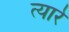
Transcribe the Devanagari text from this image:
त्यारे